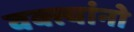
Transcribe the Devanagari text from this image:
वक्त्यांनो